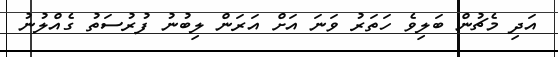
އަދި މެޗުން ބަލިވެ ހަތަރު ވަނަ އަށް އަރަން ލިބުނު ފުރުސަތު ގެއްލުނު